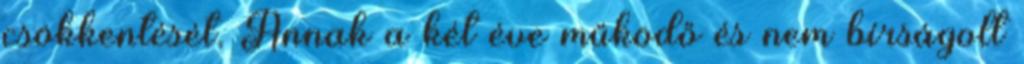
csökkentését. Annak a két éve működő és nem bírságolt